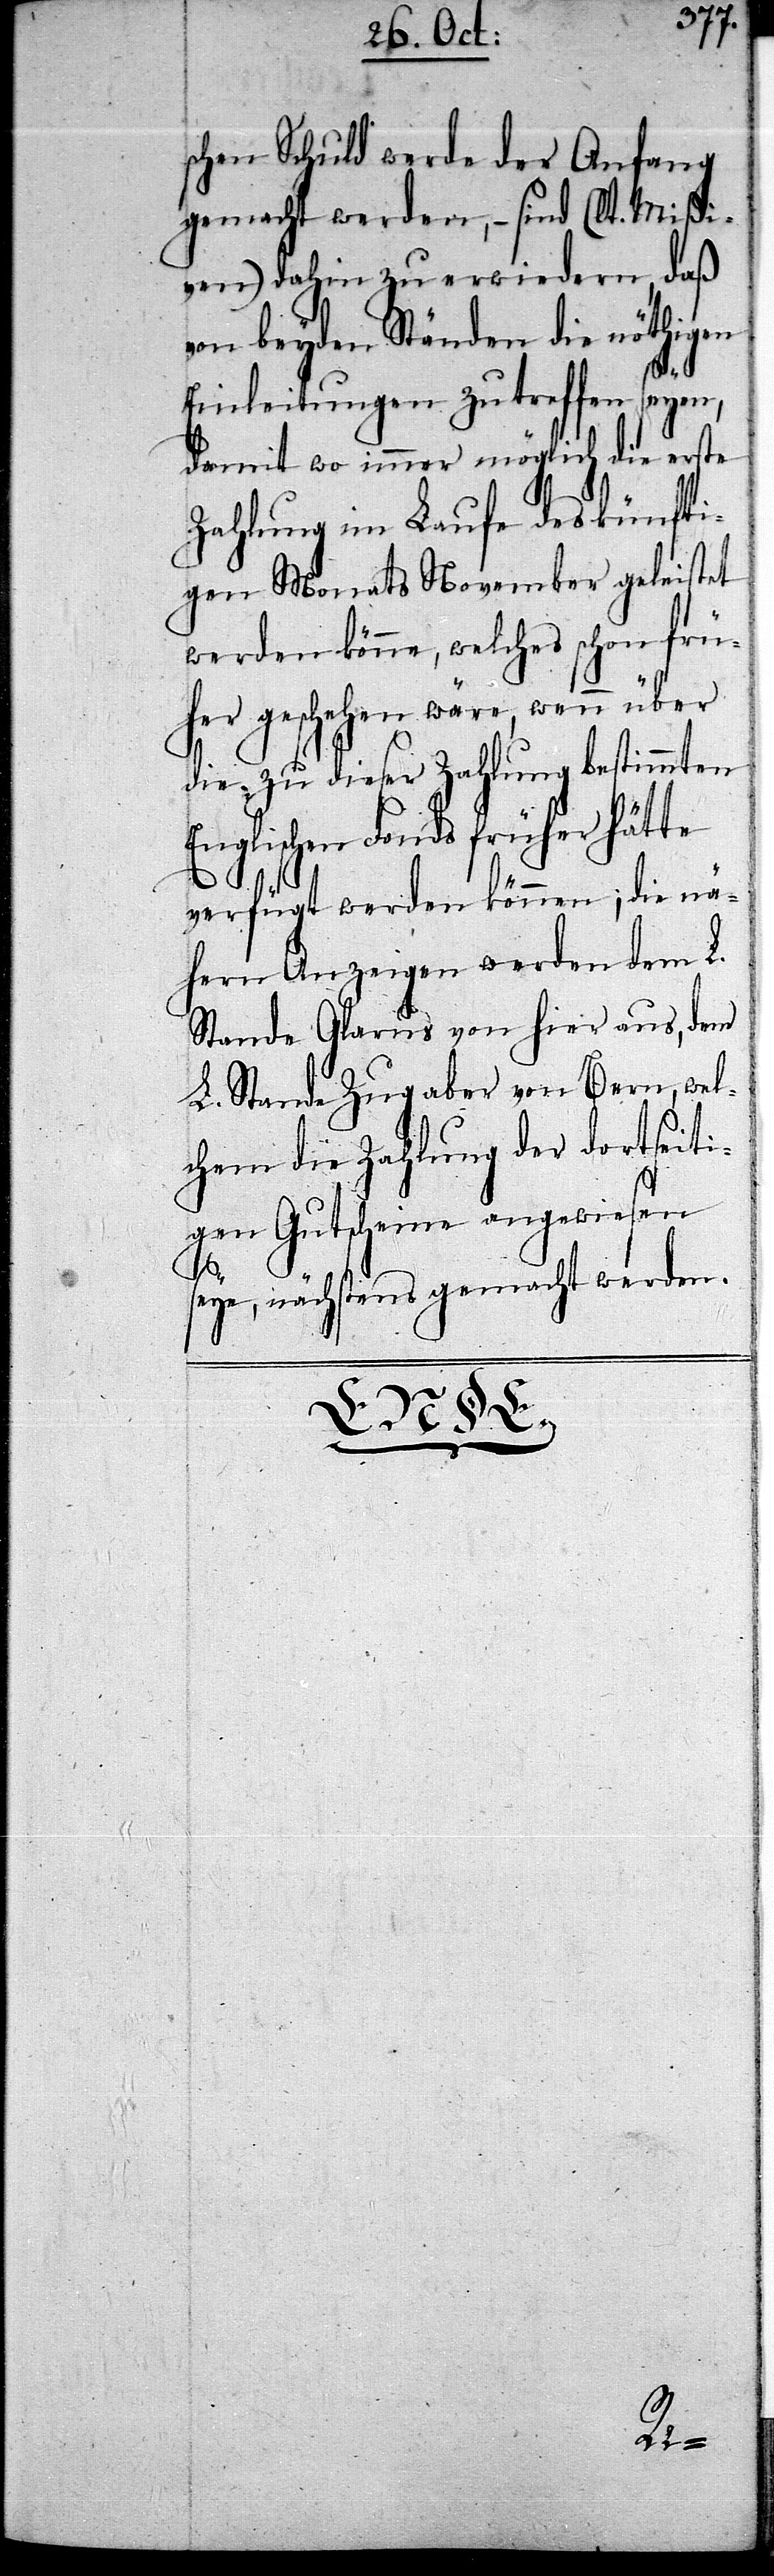
schen Schuld werde der Anfang
gemacht werden, – sind (lt. Mißi¬
ven) dahin zu erwiedern, daß
von beyden Ständen die nöthigen
Einleitungen zu treffen seyen,
damit wo immer möglich die erste
Zahlung im Laufe des künfti¬
gen Monats November geleistet
werden könne, welches schon frü¬
her geschehen wäre, wenn über
die zu dieser Zahlung bestimmten
Englischen Fonds früher hätte
verfügt werden können; die nä¬
hern Anzeigen werden dem L.
Stande Glarus von hier aus, dem
L. Stande Zug aber von Bern, wel¬
chem die Zahlung der dortseit¬
igen Gutscheine an¬
seye, nächstens gemacht werden.
gewiesen

Ende